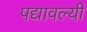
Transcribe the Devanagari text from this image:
पद्यावल्यी